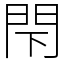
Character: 閇